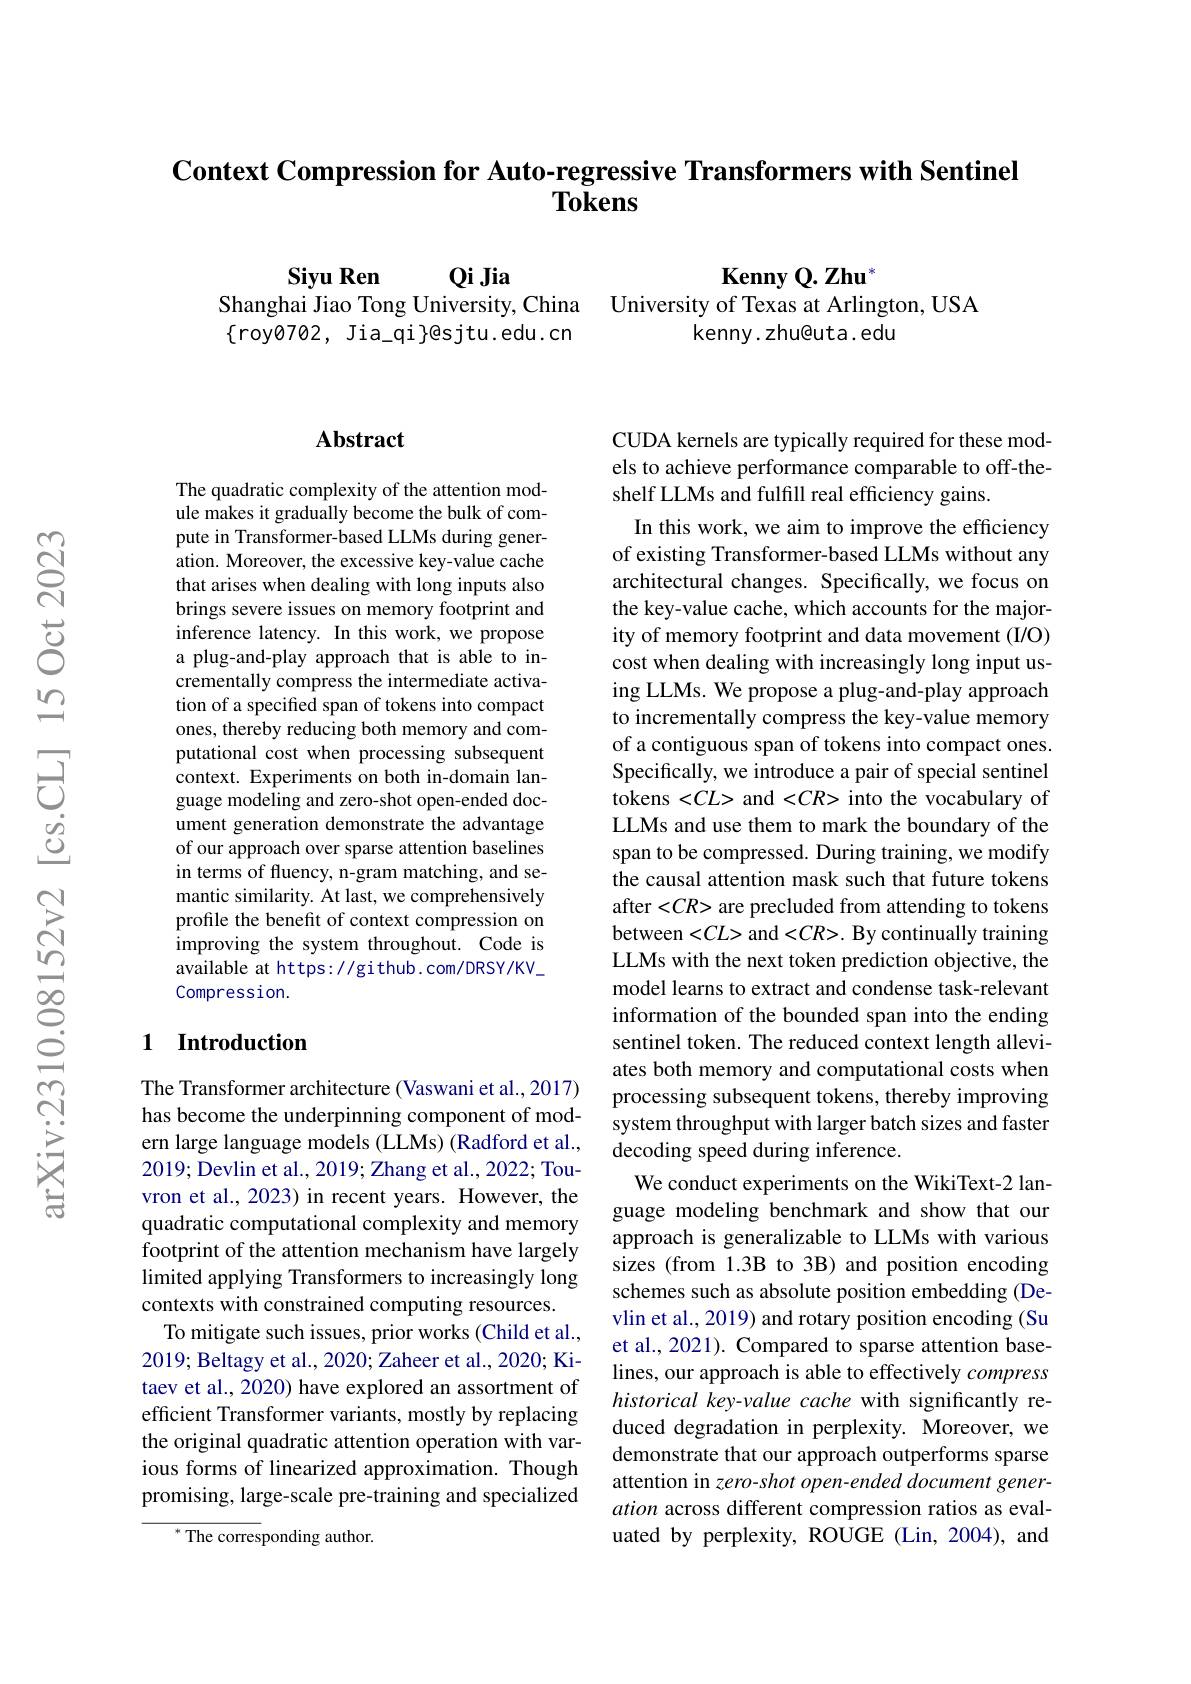
Context Compression for Auto-regressive Transformers with Sentinel
# $\bar{\textbf{Tokens}}$

Siyu Ren
QiJia
$\mathbf{KennyQ.Zhu}^*$
Shanghai Jiao Tong University, China University of Texas at Arlington, USA
$\{$roy0702, Jia\_qi}@sjtu.edu.cn
kenny.zhu@uta.edu

## Abstract

The quadratic complexity of the attention module makes it gradually become the bulk of compute in Transformer-based LLMs during generation. Moreover, the excessive key-value cache that arises when dealing with long inputs also brings severe issues on memory footprint and inference latency. In this work, we propose a plug-and-play approach that is able to incrementally compress the intermediate activation of a specified span of tokens into compact ones, thereby reducing both memory and computational cost when processing subsequent context. Experiments on both in-domain language modeling and zero-shot open-ended document generation demonstrate the advantage of our approach over sparse attention baselines in terms of fluency, n-gram matching, and semantic similarity. At last, we comprehensively profile the benefit of context compression on improving the system throughout. Code is available at https://github.com/DRSY/KV\_ Compression.

## 1 Introduction

The Transformer architecture (Vaswani et al., 2017) has become the underpinning component of modern large language models (LLMs) (Radford et al., 2019; Devlin et al., 2019; Zhang et al., 2022; Touvron et al., 2023) in recent years. However, the quadratic computational complexity and memory footprint of the attention mechanism have largely limited applying Transformers to increasingly long contexts with constrained computing resources.
To mitigate such issues, prior works (Child et al., 2019; Beltagy et al., 2020; Zaheer et al., 2020; Kitaev et al., 2020) have explored an assortment of efficient Transformer variants, mostly by replacing the original quadratic attention operation with various forms of linearized approximation. Though promising, large-scale pre-training and specialized

${^*\text{The corres}}$ponding author.

CUDA kernels are typically required for these models to achieve performance comparable to off-theshelf LLMs and fulfill real efficiency gains.
In this work, we aim to improve the efficiency of existing Transformer-based LLMs without any architectural changes. Specifically, we focus on the key-value cache, which accounts for the majority of memory footprint and data movement (I/O) cost when dealing with increasingly long input using LLMs. We propose a plug-and-play approach to incrementally compress the key-value memory of a contiguous span of tokens into compact ones. Specifically, we introduce a pair of special sentinel tokens <CL> and <CR> into the vocabulary of LLMs and use them to mark the boundary of the span to be compressed. During training, we modify the causal attention mask such that future tokens after <CR> are precluded from attending to tokens between <$CL>$ and <$CR>.$ By continually training LLMs with the next token prediction objective, the model learns to extract and condense task-relevant information of the bounded span into the ending sentinel token. The reduced context length alleviates both memory and computational costs when processing subsequent tokens, thereby improving system throughput with larger batch sizes and faster decoding speed during inference.
We conduct experiments on the WikiText-2 language modeling benchmark and show that our approach is generalizable to LLMs with various sizes (from 1.3B to 3B) and position encoding schemes such as absolute position embedding (Devlin et al., 2019) and rotary position encoding (Su et al., 2021). Compared to sparse attention baselines, our approach is able to effectively compress historical key-value cache with significantly reduced degradation in perplexity. Moreover, we demonstrate that our approach outperforms sparse attention in zero-shot open-ended document generation across different compression ratios as evaluated by perplexity, ROUGE (Lin, 2004), and